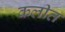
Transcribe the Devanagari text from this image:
कलीत